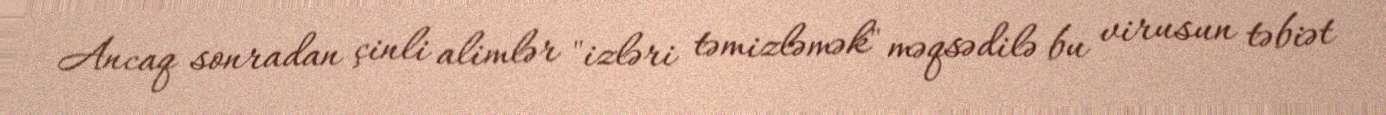
Ancaq sonradan çinli alimlər "izləri təmizləmək" məqsədilə bu virusun təbiət